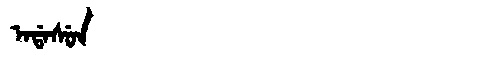
Manchu: ᠠᡩᠠᠰᡠᠨ
Romanization: ADASUN